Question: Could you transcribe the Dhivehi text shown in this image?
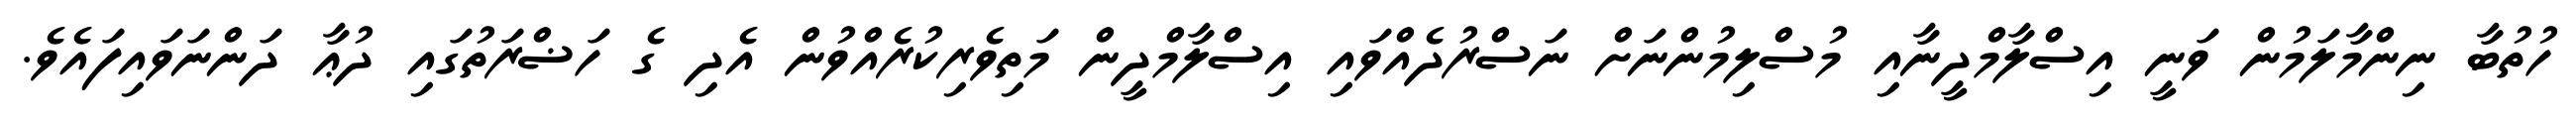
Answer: ހުތުބާ ނިންމާލަމުން ވަނީ އިސްލާމްދީނާއި މުސްލިމުންނަށް ނަސްރުދެއްވައި އިސްލާމްދީން މަތިވެރިކުރެއްވުން އެދި ގެ ހަޟްރަތުގައި ދުޢާ ދަންނަވައިފައެވެ.